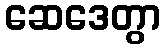
ဆေဒေတွာ